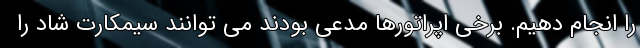
را انجام دهیم. برخی اپراتورها مدعی بودند می توانند سیمکارت شاد را